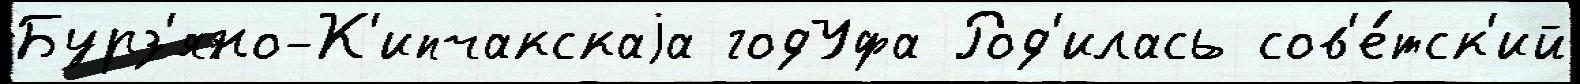
Бурз'яно-К'ипчакскаjа годУфа Род'илась сов'е́тск'ий